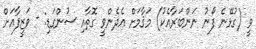
ވީ (ގުޅޭނެ ފޯނު ނަންބަރާއެކު) މަޤާމަށް އެދެންވީ ގޮތާއި ސުންގަޑި: - ވަޒީފާއަށް